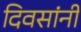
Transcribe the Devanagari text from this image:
दिवसांनीं